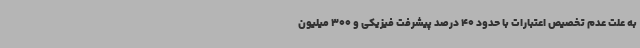
به علت عدم تخصیص اعتبارات با حدود 40 درصد پیشرفت فیزیکی و 300 میلیون